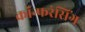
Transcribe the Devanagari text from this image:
कॉन्फरंसिंग